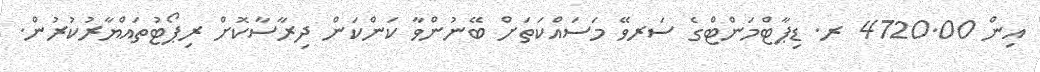
އިން 4720.00 ރ. ޑިޕާޓްމަންޓްގެ ސަރވޭ މަސައްކަތަށް ބޭނުންވާ ކަންކަން ދިރާސާކޮށް ރިޕޯޓުތައްޔާރުކުރުން.